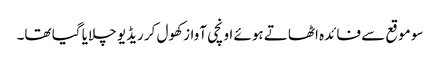
سو موقع سے فائدہ اٹھاتے ہوئے اونچی آواز کھول کر ریڈیو چلایا گیا تھا۔